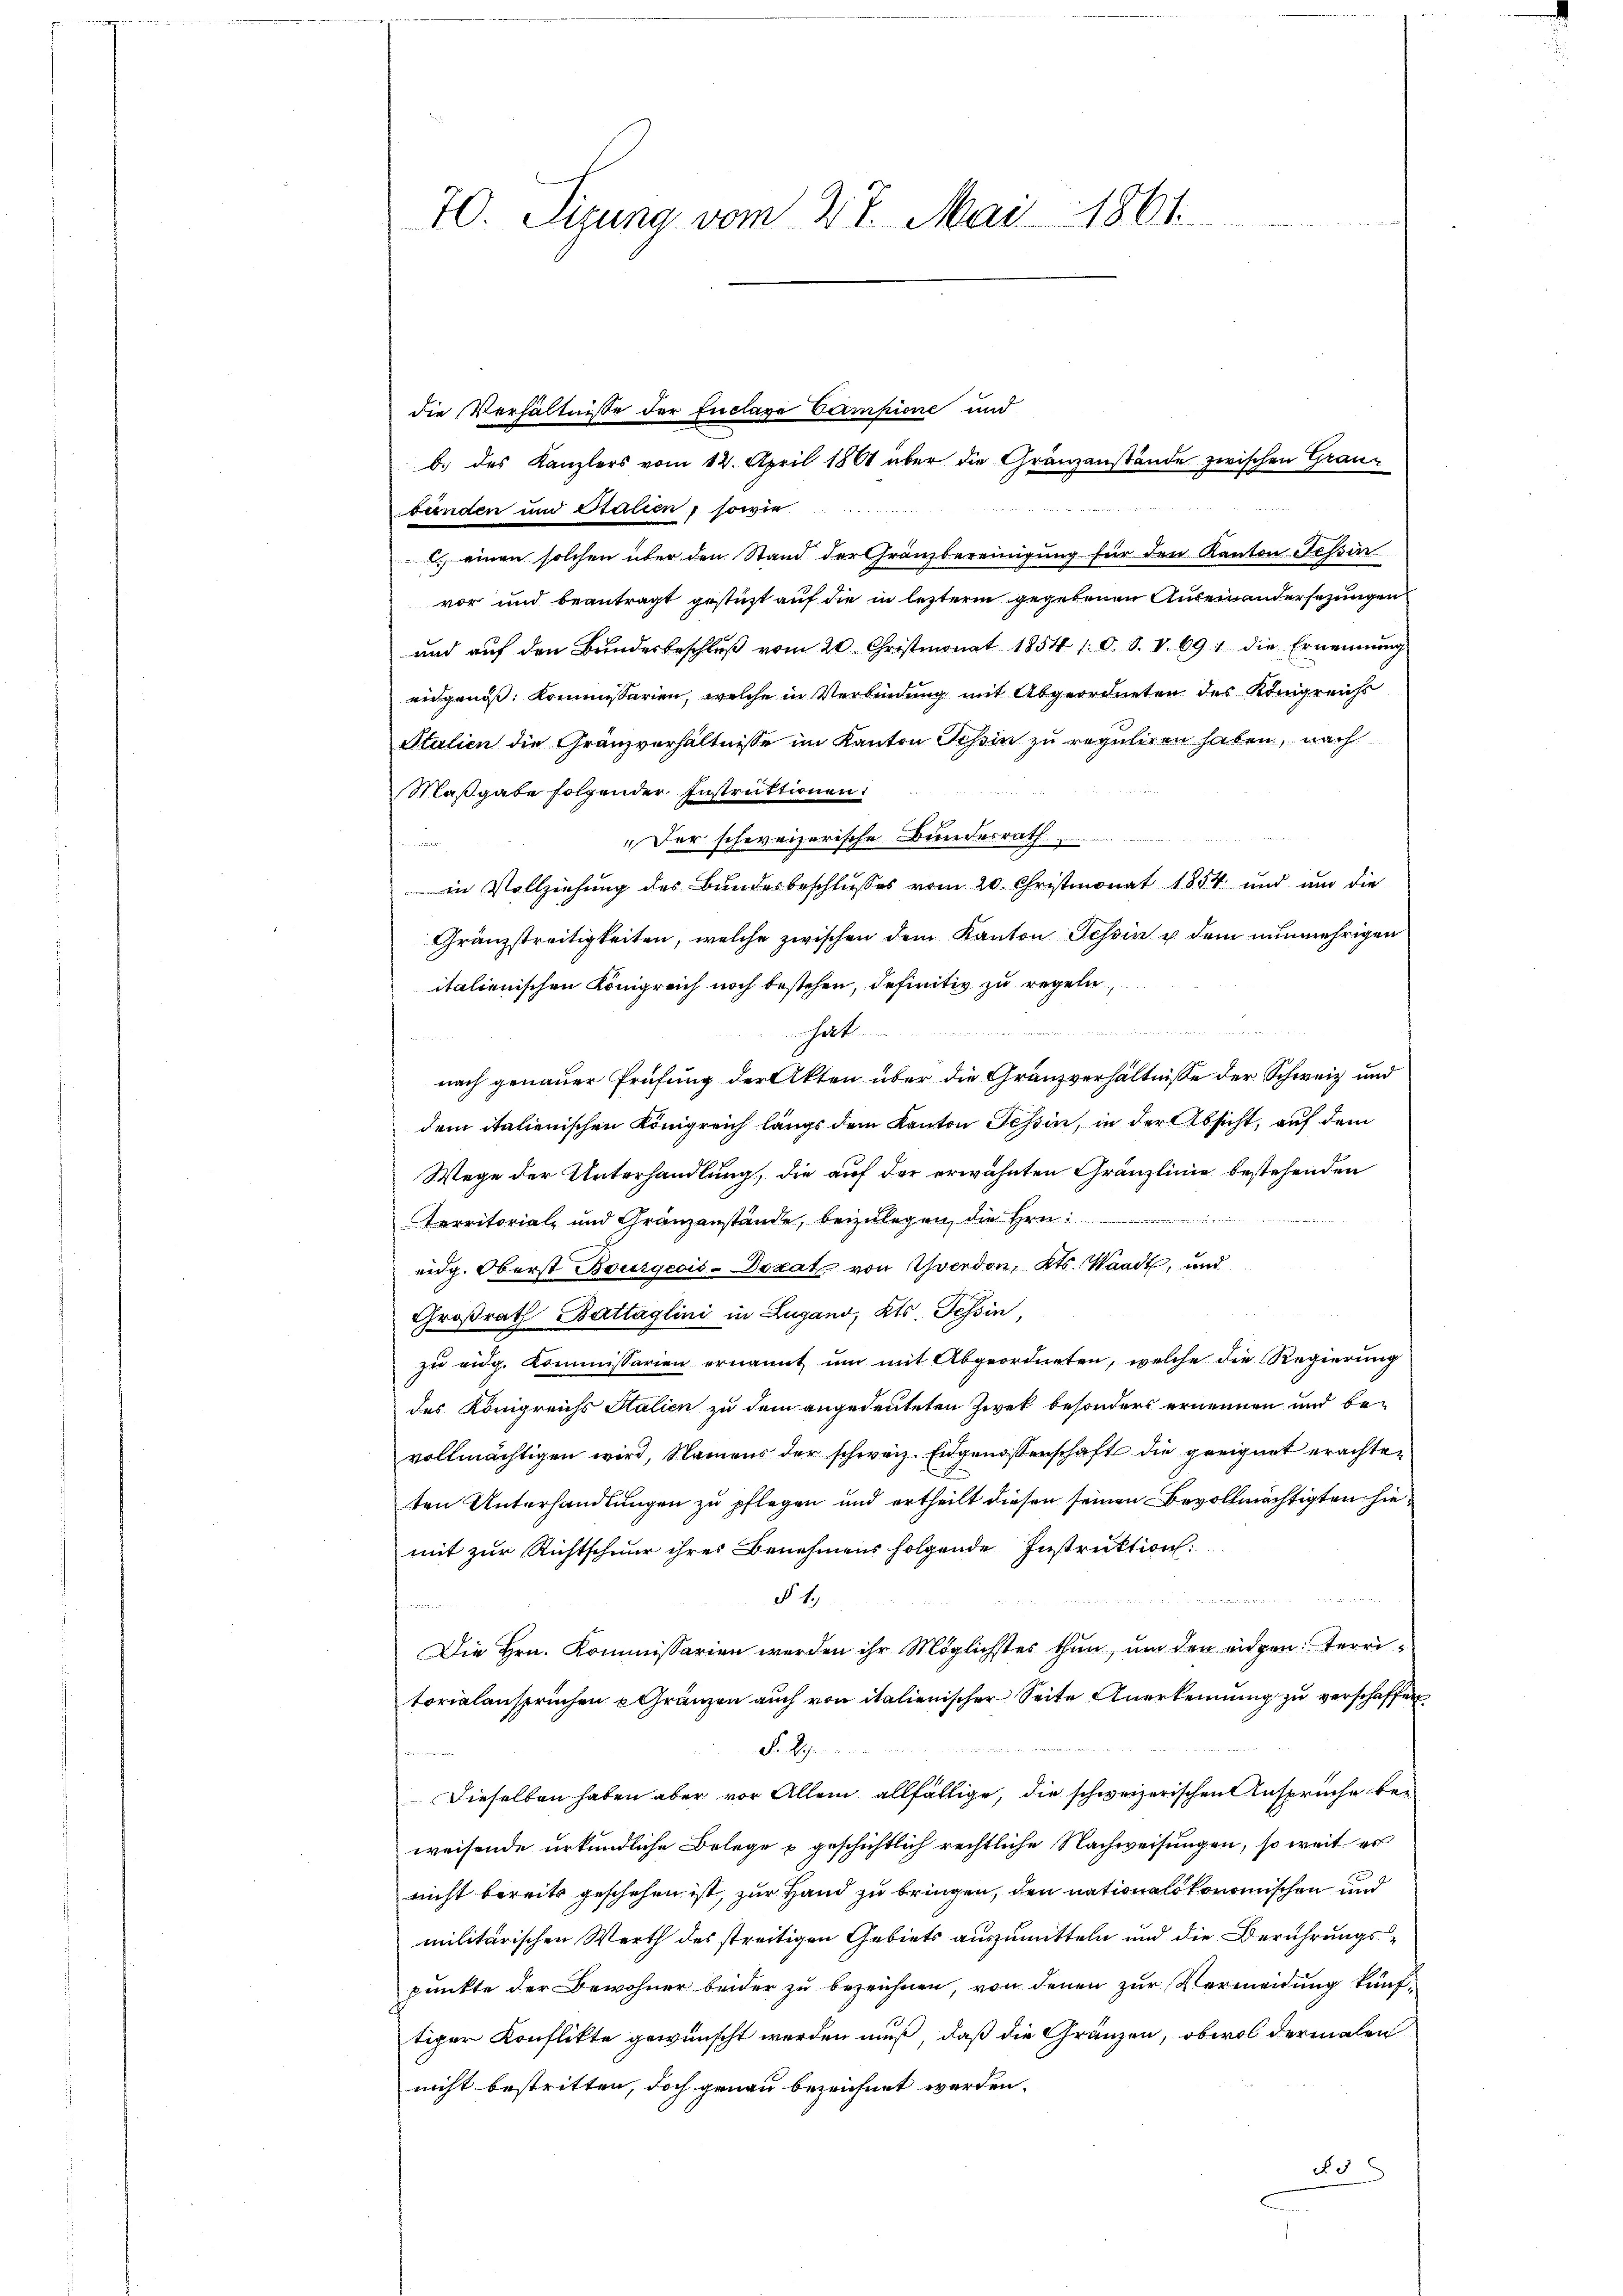
70. Sizung vom 27. Mai 1861

die Verhältnisse der Enclave Campione und
b. des Kanzlers vom 12. April 1861 über die Gränzanstände zwischen Graubünden und Stalien, sowie
 einen solchen über den Stand der Gränzbereinigung für den Kanton Tessin
vor und beantragt gestüzt auf die in letzteren gegebenen Auseinandersezungen
und aŭf den Bŭndesbeschlŭβ vom 20. Christmonat 1854 1. d. d. V. 691 die Ernennung
eidgenöß: Kommissarien, welche in Verbindung mit Abgeordneten des Königreichs
Stalien die Gränzverhältnisse im Kanton Schin zu reguliren haben, nach
Maßgabe folgender Instruktionen:
"Der schweizerische Bundesrath.  ........
in Vollziehung des Bundesbeschlusses vom 20. Christmonat 1854 und und die
Gränzstreitigkeiten, welche zwischen dem Kanton Tessin u. dem nunmehrigen
italienischen Königreich noch bestehen, definitiv zu regeln,
at
nach genauer Prüfung der Akten über die Gränzverhältnisse der Schweiz und
dem italienischen Königreich längs dem Kanton Tessin, in der Absicht, auf dem
Wege der Unterhandlung, die auf der erwähnten Gränzlinie bestehenden
er
Territorial- und Gränzanstände, beizulegen, die Hrn.
eidg. Oberst Bourgeois-Dozat von Yverdon, Kts. Waadt, und
Großrath Battaglini in Lugano, Kts. Tessin,
zu eidg. Kommissarien ernannt um mit Abgeordneten, welche die Regierung
des Königreichs Halien zu dem angedeuteten Zwek besonders ernennen und bevollmächtigen wird, Namens der schweiz. Eidgenossenschaft die geeignet erachten
ten Unterhandlungen zu pflegen und ertheilt diesen seinen Bevollmächtigten hiemit zur Richtschnur ihres Benehmens folgende Instruktion:
e
§ 1
Die Hrn. Kommissarien werden ihr Möglichstes thun, um den eigen terri
torialansprüchen Gränzen auch von italienischer Seite Anerkennung zu verschaffen
Frk.
Dieselben haben aber vor Allem allfällige, die schweizerischen Anspruche beweisende urkundliche Belege u geschichtlich rechtliche Nachweisungen, so weit es
nicht bereits geschehen ist, zur Hand zu bringen, den nationalökonomischen und
militärischen Werth des streitigen Gebiets auszumitteln und die Berührungspunkte der Bewohner beider zu bezeichnen, von denen zur Vermeidung künftiger Konflikte gewünscht werden muß, daß die Gränzen, obwol dermalen
nicht bestritten, doch genau bezeichnet werden.
§. 3